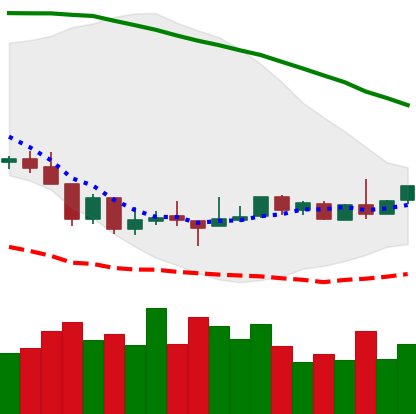
Ticker: BTC-USD
Chart end date: 2018-08-24
Forward return: 4.869%
Label: up_3_5